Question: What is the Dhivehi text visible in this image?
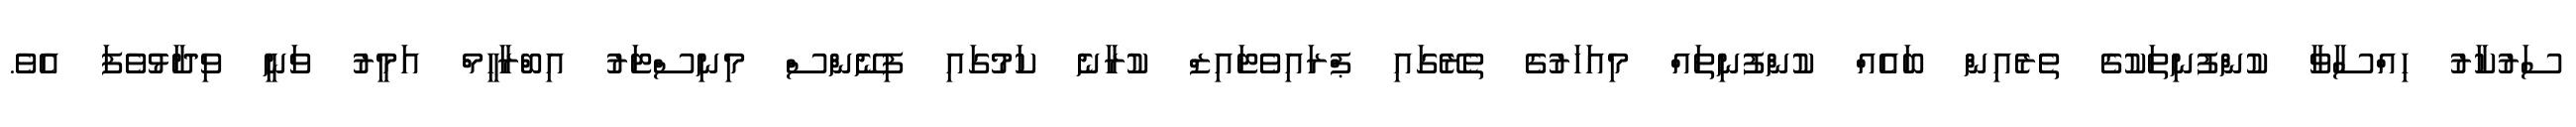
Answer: ސަރުކާރު ހިއްސާވާ ކުންފުނިތަކުގެ ތެރެއިން ބައެއް ކުންފުނިތައް މިއަހަރުގެ ތެރޭގައި ޕްރައިވެޓައިޒް ކުރާނެ ކަމުގައި ފިނޭންސް މިނިސްޓަރު އިބްރާހީމް އަމީރު ވަނީ ވިދާޅުވެފަ އެވެ.